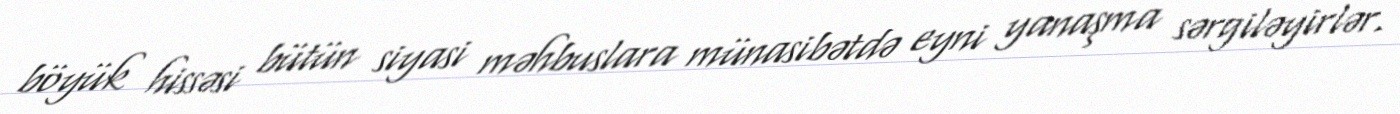
böyük hissəsi bütün siyasi məhbuslara münasibətdə eyni yanaşma sərgiləyirlər.